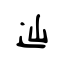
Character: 辿